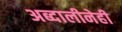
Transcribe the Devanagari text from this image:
अब्दालीनेही